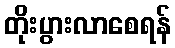
တိုးပွားလာစေရန်